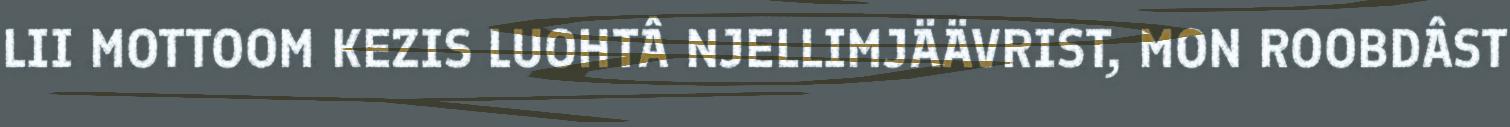
LII MOTTOOM KEZIS LUOHTÂ NJELLIMJÄÄVRIST, MON ROOBDÂST